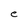
Character: e